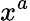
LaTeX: x^{a}